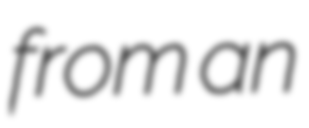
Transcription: from an